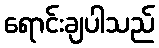
ရောင်းချပါသည်